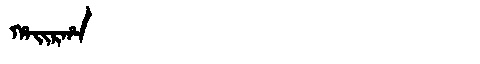
Manchu: ᡥᠠᡳᡵᡥᠠ
Romanization: HAIRHA